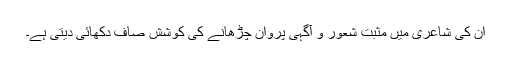
ان کی شاعری میں مثبت شعور و آگہی پروان چڑھانے کی کوشش صاف دکھائی دیتی ہے۔